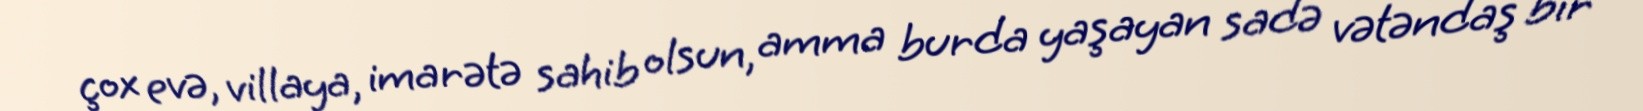
çox evə, villaya, imarətə sahib olsun, amma burda yaşayan sadə vətəndaş bir